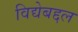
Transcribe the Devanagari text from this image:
विद्येबद्दल